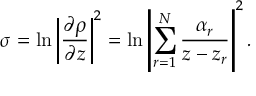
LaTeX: \sigma = \ln \left| { \frac { \partial \rho } { \partial z } } \right| ^ { 2 } = \ln \left| \sum _ { r = 1 } ^ { N } { \frac { \alpha _ { r } } { z - z _ { r } } } \right| ^ { 2 } .